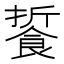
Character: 䭁